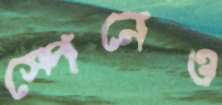
স্পেনেও